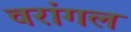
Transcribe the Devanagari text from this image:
वरांगल